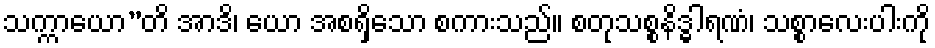
သက္ကာယော”တိ အာဒိ၊ ယော အစရှိသော စကားသည်။ စတုသစ္စနိဒ္ဓါရဏံ၊ သစ္စာလေးပါးကို